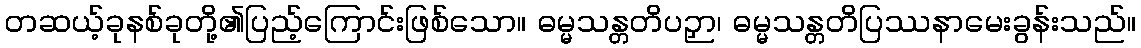
တဆယ့်ခုနစ်ခုတို့၏ပြည့်ကြောင်းဖြစ်သော။ ဓမ္မသန္တတိပဉှာ၊ ဓမ္မသန္တတိပြဿနာမေးခွန်းသည်။